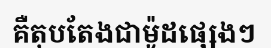
គឺតុបតែងជាម៉ូដផ្សេងៗ